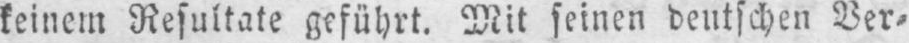
keinem Resultate geführt. Mit seinen deutschen Ver⸗